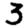
Digit: 3